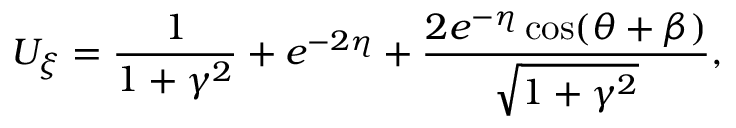
U _ { \xi } = \frac { 1 } { 1 + \gamma ^ { 2 } } + e ^ { - 2 \eta } + \frac { 2 e ^ { - \eta } \cos ( \theta + \beta ) } { \sqrt { 1 + \gamma ^ { 2 } } } ,